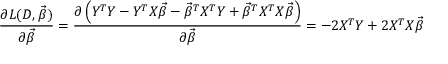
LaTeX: { \frac { \partial L ( D , { \vec { \beta } } ) } { \partial { \vec { \beta } } } } = { \frac { \partial \left( Y ^ { T } Y - Y ^ { T } X { \vec { \beta } } - { \vec { \beta } } ^ { T } X ^ { T } Y + { \vec { \beta } } ^ { T } X ^ { T } X { \vec { \beta } } \right) } { \partial { \vec { \beta } } } } = - 2 X ^ { T } Y + 2 X ^ { T } X { \vec { \beta } }